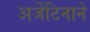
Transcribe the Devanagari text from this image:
अर्जेंटिनाने